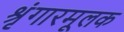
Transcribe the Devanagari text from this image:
श्रृंगारमूलक